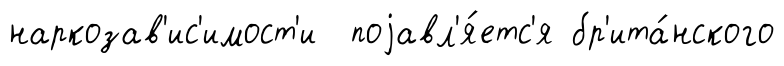
наркозав'ис'имост'и поjавл'я́етс'я бр'ита́нского